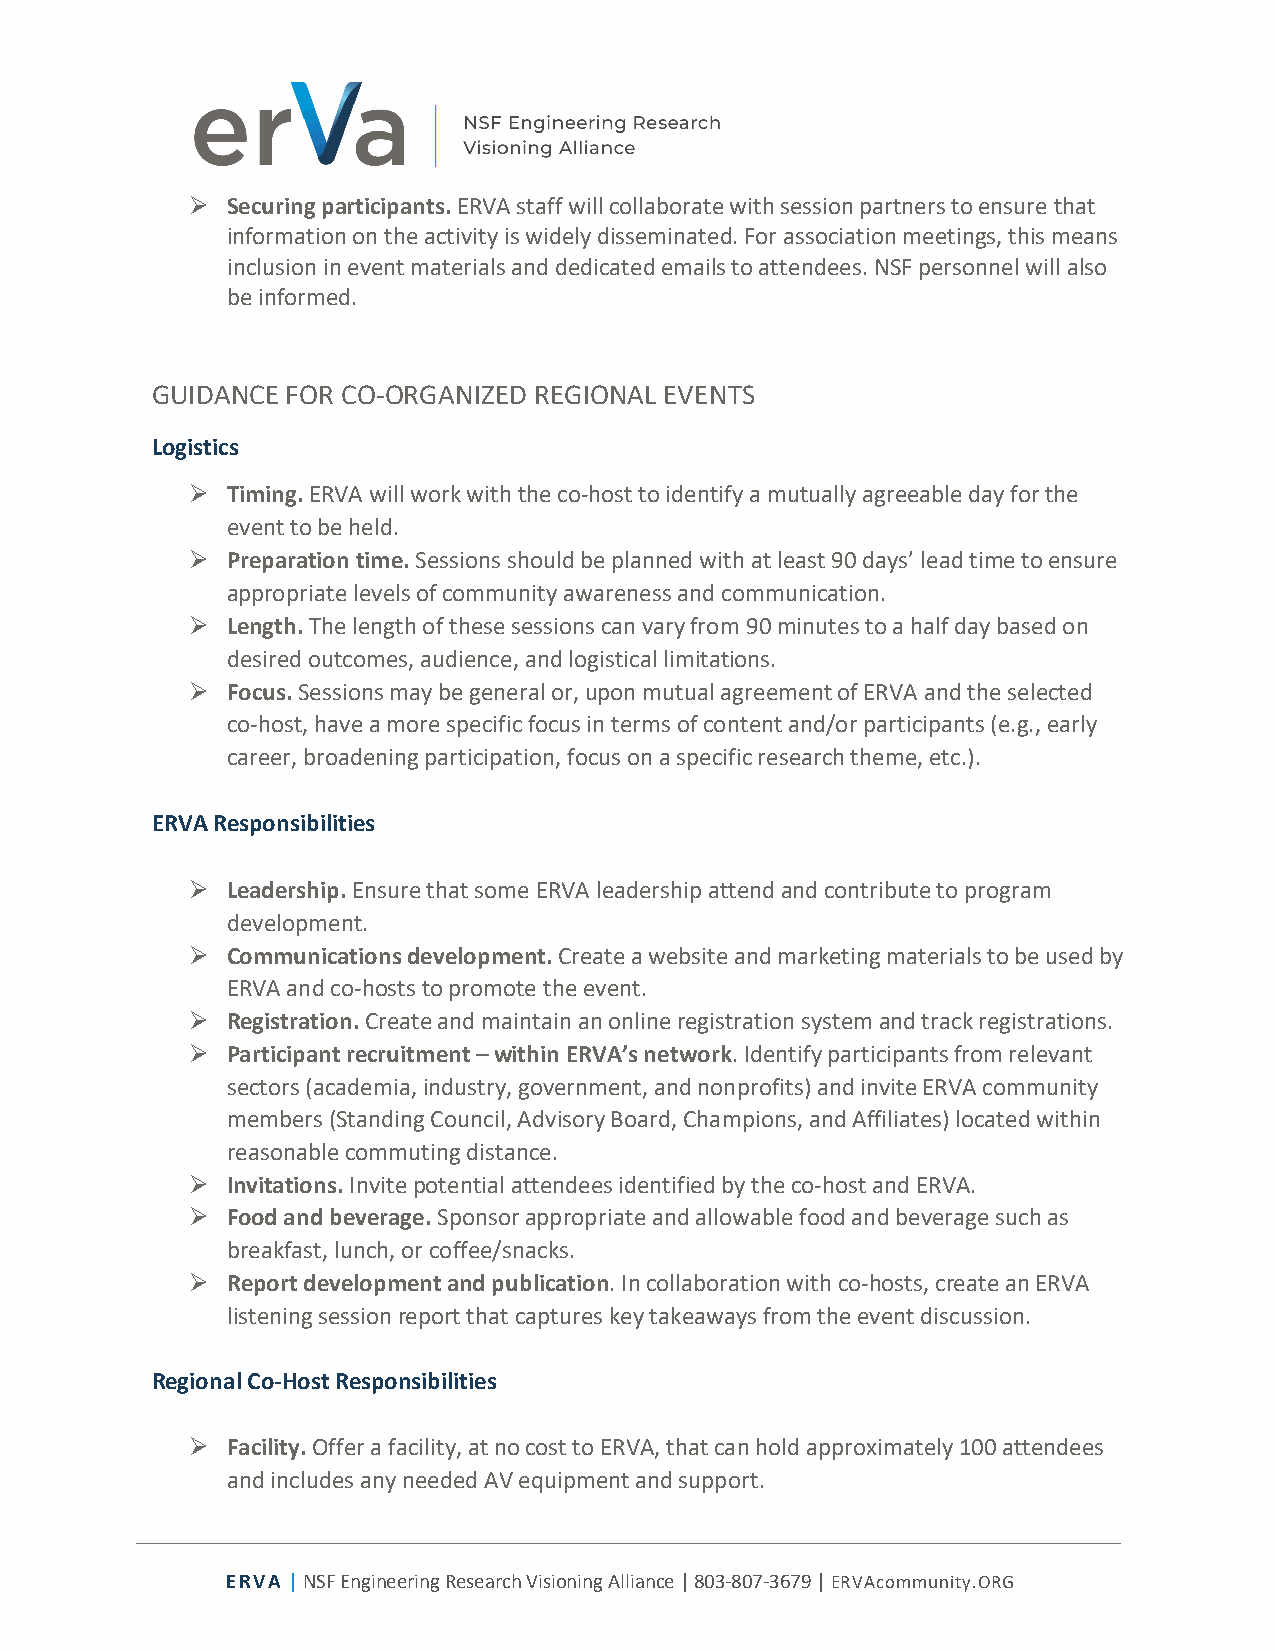
Ø Securing participants. ERVA staff will collaborate with session partners to ensure that
 information on the activity is widely disseminated. For association meetings, this means
 inclusion in event materials and dedicated emails to attendees. NSF personnel will also
 be informed.
 GUIDANCE FOR CO-ORGANIZED REGIONAL EVENTS
 Logistics
 Ø Timing. ERVA will work with the co-host to identify a mutually agreeable day for the
 event to be held.
 Ø Preparation time. Sessions should be planned with at least 90 days’ lead time to ensure
 appropriate levels of community awareness and communication.
 Ø Length. The length of these sessions can vary from 90 minutes to a half day based on
 desired outcomes, audience, and logistical limitations.
 Ø Focus. Sessions may be general or, upon mutual agreement of ERVA and the selected
 co-host, have a more specific focus in terms of content and/or participants (e.g., early
 career, broadening participation, focus on a specific research theme, etc.).
 ERVA Responsibilities
 Ø Leadership. Ensure that some ERVA leadership attend and contribute to program
 development.
 Ø Communications development. Create a website and marketing materials to be used by
 ERVA and co-hosts to promote the event.
 Ø Registration. Create and maintain an online registration system and track registrations.
 Ø Participant recruitment – within ERVA’s network. Identify participants from relevant
 sectors (academia, industry, government, and nonprofits) and invite ERVA community
 members (Standing Council, Advisory Board, Champions, and Affiliates) located within
 reasonable commuting distance.
 Ø Invitations. Invite potential attendees identified by the co-host and ERVA.
 Ø Food and beverage. Sponsor appropriate and allowable food and beverage such as
 breakfast, lunch, or coffee/snacks.
 Ø Report development and publication. In collaboration with co-hosts, create an ERVA
 listening session report that captures key takeaways from the event discussion.
 Regional Co-Host Responsibilities
 Ø Facility. Offer a facility, at no cost to ERVA, that can hold approximately 100 attendees
 and includes any needed AV equipment and support.
 ERVA | NSF Engineering Research Visioning Alliance | 803-807-3679 | ERVAcommunity.ORG